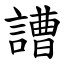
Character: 䜊